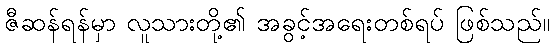
ဇီဆန်ရန်မှာ လူသားတို့၏ အခွင့်အရေးတစ်ရပ် ဖြစ်သည်။